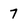
Character: 7